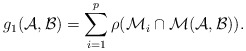
\begin{align*}g_1({\cal A}, {\cal B})=\sum \limits_{i=1}^p \rho({\cal M}_i \cap {\cal M}({\cal A}, {\cal B})).\end{align*}